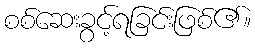
စစ်ဆေးခွင့်ရခြင်းဖြစ်၏။